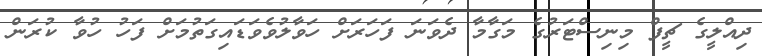
ދިއްލީގެ ޗީފް މިނިސްޓަރުގެ މަގާމާ ދެވަނަ ފަހަރަށް ހަވާލުވެވަޑައިގަތުމަށް ފަހު ހުވާ ކުރަން